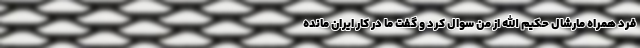
فرد همراه مارشال حکیم الله از من سوال کرد و گفت ما در کار ایران مانده